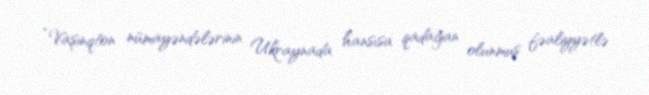
“Vaşinqton nümayəndələrinin Ukraynada hansısa qadağan olunmuş fəaliyyətlə